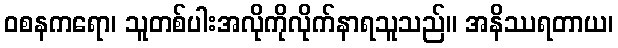
ဝစနကရော၊ သူတစ်ပါးအလိုကိုလိုက်နာရသူသည်။ အနိဿရတာယ၊